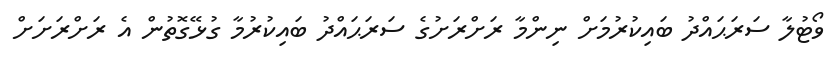
ވޯޓުލާ ސަރަޙައްދު ބައިކުރުމަށް ނިންމާ ރަށްރަށުގެ ސަރަޙައްދު ބައިކުރުމާ ގުޅޭގޮތުން އެ ރަށްރަށަށް